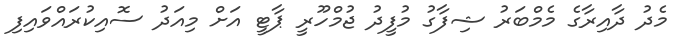
މެދު ދާއިރާގެ މެމްބަރު ޝިފާގު މުފީދު ޖުމްހޫރީ ޕާޓީ އަށް މިއަދު ސޮއިކުރައްވައިފި